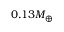
0 . 1 3 M _ { \oplus }